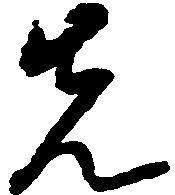
先